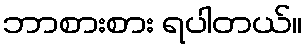
ဘာစားစား ရပါတယ်။